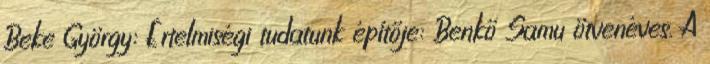
Beke György: Értelmiségi tudatunk építője: Benkő Samu ötvenéves. A